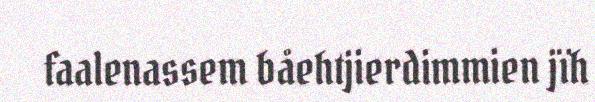
faalenassem båehtjierdimmien jïh